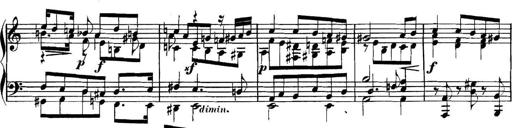
Title: Collected Piano Sonatas
Composer: Muzio Clementi